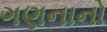
ગણનાનો